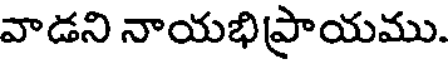
వాడని నాయభిప్రాయము.